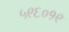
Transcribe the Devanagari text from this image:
५९६०१९